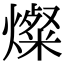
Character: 燦